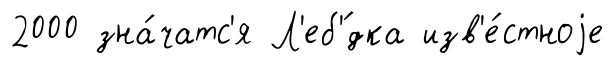
2000 зна́чатс'я Л'еб'́дка изв'е́стноjе